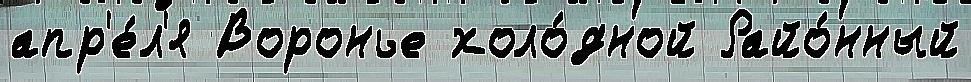
апр'е́л'я Воронье холо́дной Райо́нный